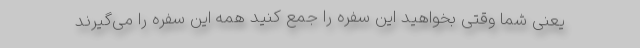
یعنی شما وقتی بخواهید این سفره را جمع کنید همه این سفره را می‌گیرند